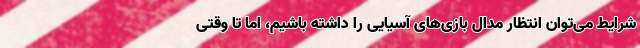
شرایط می‌توان انتظار مدال بازی‌های آسیایی را داشته باشیم، اما تا وقتی